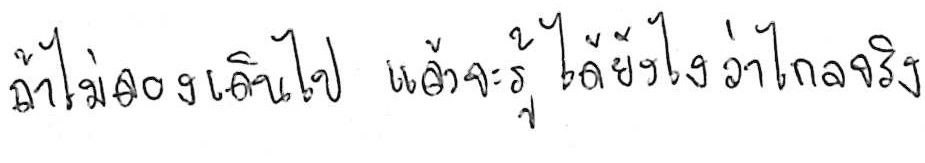
ถ้าไม่ลองเดินไป แล้วจะรู้ได้ยังไงว่าไกลจริง